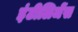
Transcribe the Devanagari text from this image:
इंटीलिजेंस